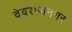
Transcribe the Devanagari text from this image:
देवराजनगर